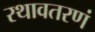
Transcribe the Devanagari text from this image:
रथावतरणं